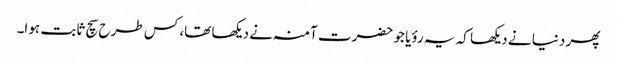
پھر دنیا نے دیکھا کہ یہ رؤیا جو حضرت آمنہ نے دیکھا تھا، کس طرح سچ ثابت ہوا۔